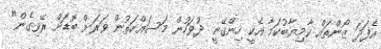
އެފަދަ ޒޯންތައް ކާމިޔާބުކަމާ އެކީ ހިންގޭނީ ދުވަހުން މަސައްކަތުން ވަރަށް ބޮޑަށް ރޭވިގެން"